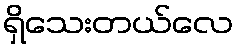
ရှိသေးတယ်လေ